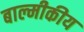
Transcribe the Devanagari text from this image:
बाल्मीकीय